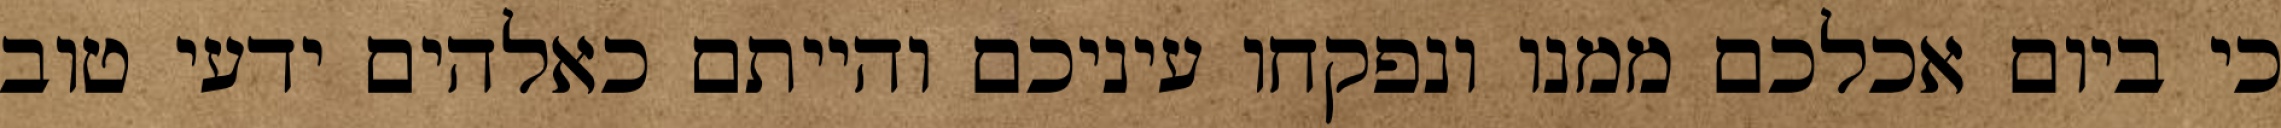
כי ביום אכלכם ממנו ונפקחו עיניכם והייתם כאלהים ידעי טוב